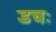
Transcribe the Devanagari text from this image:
डचः